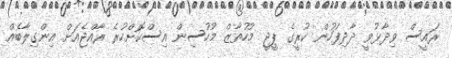
ރައީސް ވިދާޅުވީ ދާދިފަހުން ކުރީގެ ޕީޖީ މުހުތާޒް މުހުސިން އިސްކޮށްހުރެ ރާއްޖެއަށް އިންގިލާބެއް